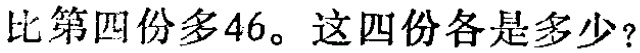
比第四份多46。这四份各是多少？